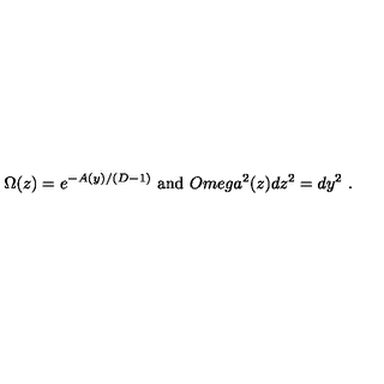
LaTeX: \Omega ( z ) = e ^ { - A ( y ) / ( D - 1 ) } \ \mathrm { a n d } \ O m e g a ^ { 2 } ( z ) d z ^ { 2 } = d y ^ { 2 } \ .